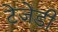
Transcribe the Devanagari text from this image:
टेजेडी